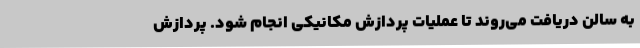
به سالن دریافت می‌روند تا عملیات پردازش مکانیکی انجام شود. پردازش